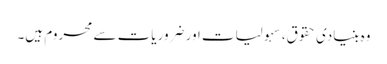
وہ بنیادی حقوق، سہولیات اور ضروریات سے محروم ہیں۔